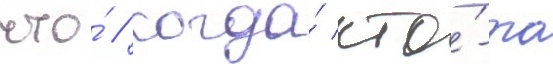
что́ / когда́ кто́-то